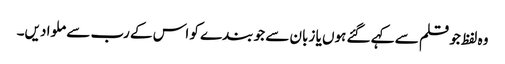
وہ لفظ جو قلم سے کہے گئے ہوں یا زبان سے جو بندے کو اس کے رب سے ملوا دیں۔